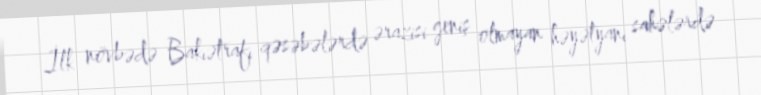
İlk növbədə Bakıətrafı qəsəbələrdə ərazisi geniş olmayan həyətyanı sahələrdə